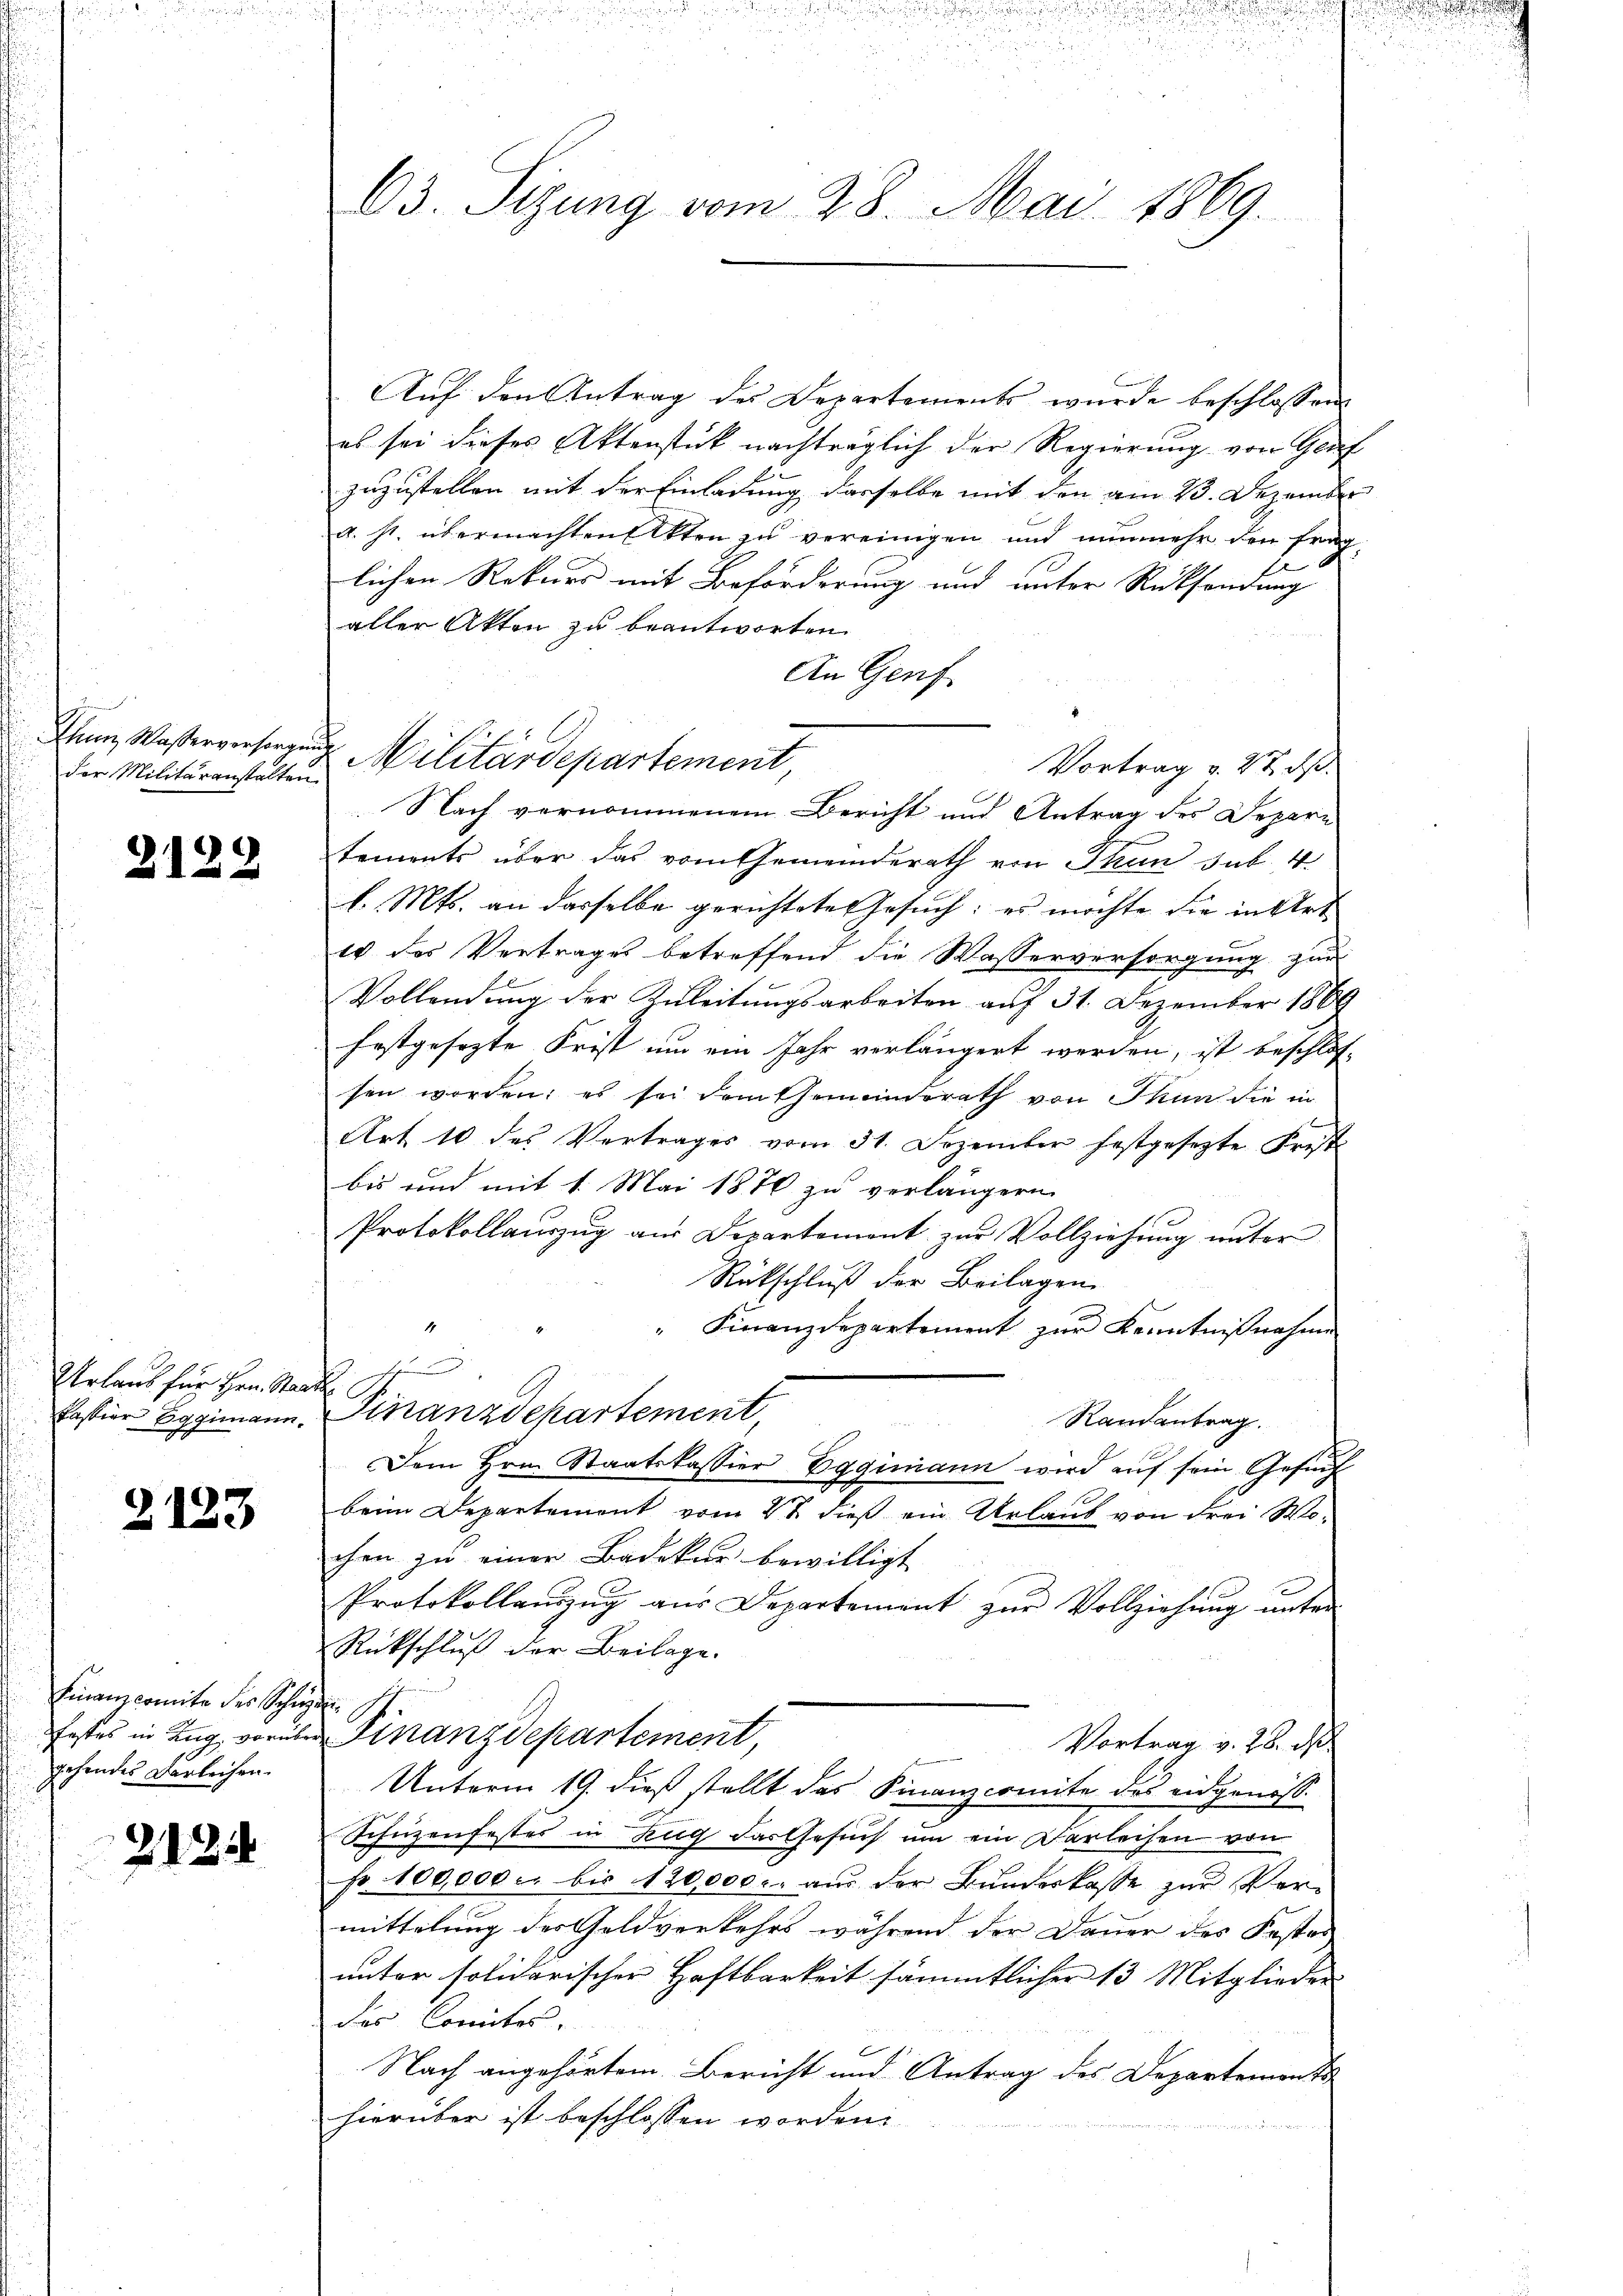
u
der Militäranstalten

2129

Urlaub für Hrn. Staa
Passier Eggimann.

2123

Finanzcomite der Schie¬
Festes in Zug, vorüber
gehendes Darleihen.

212

63. Sizung vom 28. Mai 1869.

Auf den Antrag des Departements wurde beschlossen
es sei dieses Aktenstück nachträglich der Regierung von Gruf
zuzustellen mit der Einladung dasselbe mit den am 13. Dezember
a. s. übermachten Akten zu vereinigen und nunmehr den frag
.
lichen Rekurs mit Beförderung und unter Rücksendung
aller Akten zu beantworten.
An Genf
Vortrag v. 27. ds.
Nach vernommenem Bericht und Antrag des Depari
tements über das vom Gemeinderath von Thun sub. 4
l. Mts. an dasselbe gerichtetes Gesuch: es möchte die in Art
es des Vertrages betreffend die Wasserversorgung zur
Vollendung der Zuleitungsarbeiten auf 31. Dezember 1869
festgesezte Frist um ein Jahr verlängert werden, ist beschlos
sen worden; es sei dem Gemeindsrath von Thun die in
Art 10 des Vertrages vom 31. Dezember festgesezte Frest
bis und mit 1. Mai 1876 zu verlängern
Protokollauszug aus Departement zur Vollziehung unter
Rückschluß der Beilagen
" Finanzdepartement zur Kenntnißnahme
h
Finanzdepartement
Randantrag.

Dem Hrn. Staatskassier Eggimann wird aŭf sein Gesŭch
beim Departement vom 2t dieß ein Urlaub von drei Wochen zu einer Badekur bewilligt
Protokollanzŭg aŭs Departement zŭr Vollziehŭng ŭnter
Rückschluß der Beilage.
Finanzdepartement
Vortrag v. 26. d.
Unterm 19. dieß stellt das Finanzcomite des eidgenöss
Schüzenfester in Zug dargesuch um ein Darleihen von
Fr. 100,000 c. bis 120,000. aus der Bundeskasse zur Ver-
mittelung des Geldverkehrs während der Dauer des Festes
unter solidarischer Haftbarkeit sämmtlicher 13 Mitglieder
das Comiter
Nach angehörtem Bericht und Antrag des Departements
hierüber ist beschlossen worden.

Jann, Wasserversorgung Militärdepartement,